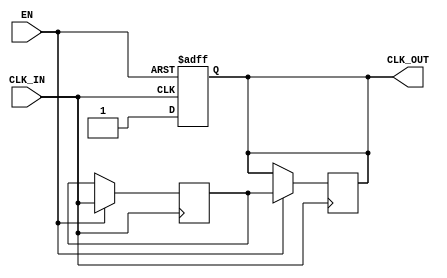
module clock_buffer (
    input wire CLK_IN,      // Input clock signal
    input wire EN,         // Enable signal
    output reg CLK_OUT      // Buffered clock output
);

    // Parameters for timing characteristics
    parameter t_pd = 2;    // Propagation delay (in time units)
    parameter t_r = 1;     // Rise time (in time units)
    parameter t_f = 1;     // Fall time (in time units)

    // Internal signal to hold the buffered clock state
    reg clk_buf;

    // Clock buffering logic
    always @(posedge CLK_IN or negedge EN) begin
        if (!EN) begin
            // If enable is low, output is held low
            CLK_OUT <= 1'b0;
        end else begin
            // Propagate the clock signal with defined delays
            #t_pd clk_buf = CLK_IN; // Propagation delay
            // Handle rise and fall times
            if (clk_buf) begin
                #t_r CLK_OUT <= 1'b1; // Rise time
            end else begin
                #t_f CLK_OUT <= 1'b0; // Fall time
            end
        end
    end

    // Ensure CLK_OUT follows the buffered clock state
    always @(posedge CLK_IN) begin
        if (EN) begin
            CLK_OUT <= clk_buf;
        end
    end

endmodule